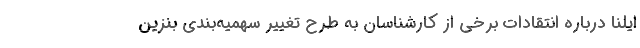
ایلنا درباره انتقادات برخی از کارشناسان به طرح تغییر سهمیه‌بندی بنزین